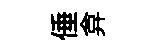
倕弇